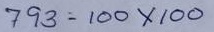
793 = 100 x 100